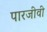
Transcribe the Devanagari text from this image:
पारजीवी